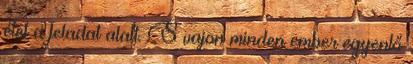
élet a feladat alatt. S vajon minden ember egyenlő